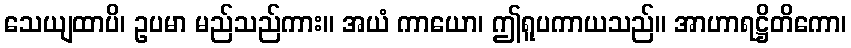
သေယျထာပိ၊ ဥပမာ မည်သည်ကား။ အယံ ကာယော၊ ဤရူပကာယသည်။ အာဟာရဋ္ဌိတိကော၊